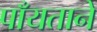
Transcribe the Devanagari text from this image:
पाँयताने